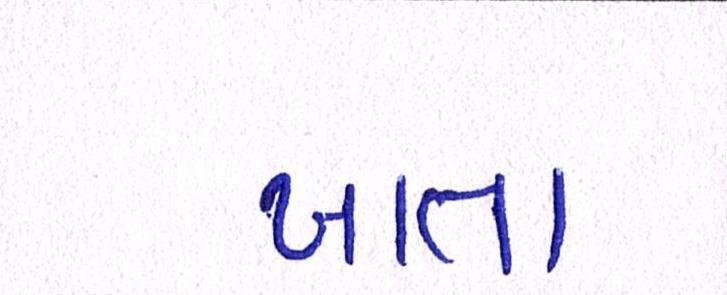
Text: ખાતો